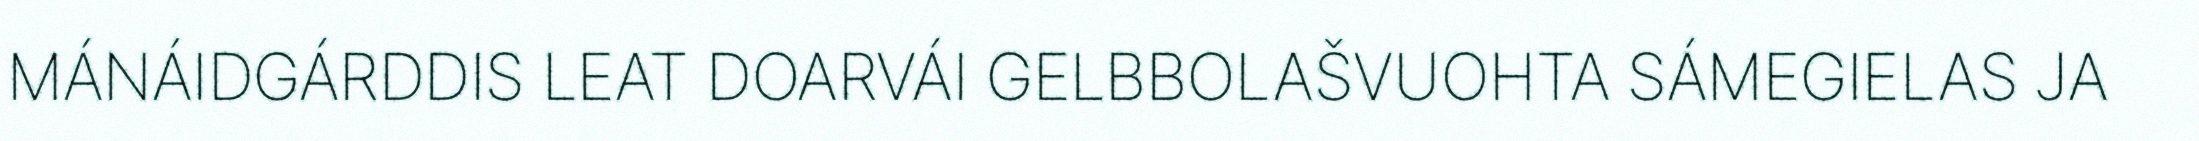
MÁNÁIDGÁRDDIS LEAT DOARVÁI GELBBOLAŠVUOHTA SÁMEGIELAS JA